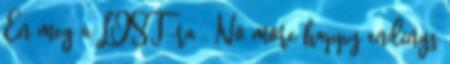
Én meg a LOST-ra . No more happy endings